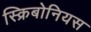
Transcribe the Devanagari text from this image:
स्क्रिबोनियस